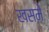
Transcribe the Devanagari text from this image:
खसमे